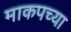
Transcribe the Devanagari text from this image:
माकपच्या